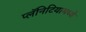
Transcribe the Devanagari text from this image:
प्लॅनिटियामध्ये